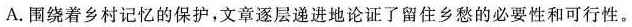
A.围绕着乡村记忆的保护，文章逐层递进地论证了留住乡愁的必要性和可行性。